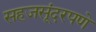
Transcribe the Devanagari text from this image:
सहजसूंदरपणे